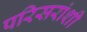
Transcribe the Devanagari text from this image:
परिसरांशी